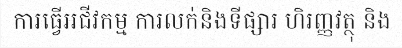
ការធ្វើអជីវកម្ម ការលក់និងទីផ្សារ ហិរញ្ញវត្ថុ និង